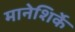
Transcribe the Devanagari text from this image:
मानेशिर्के